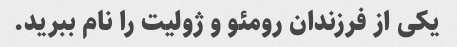
یکی از فرزندان رومئو و ژولیت را نام ببرید.